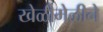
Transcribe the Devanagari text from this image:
खेळीमेळीने